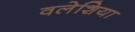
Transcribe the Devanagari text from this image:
वलेशिया